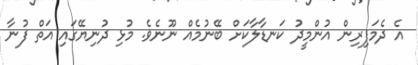
އެ ދެމަފިރިން އުންމީދު ކަނޑާލާކަށް ބޭނުމެއް ނޫނެވެ. މުޅި ދުނިޔޭގައި އަތް ފުނާ